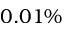
0 . 0 1 \%